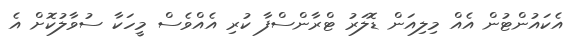
އެކައުންޓުން އެއް މިލިއަން ޑޮލަރު ޓްރާންސްފާ ކުރި އެއްވެސް މީހަކާ ސުވާލުކޮށް އެ